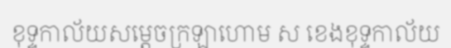
ខុទ្ទកាល័យសម្តេចក្រឡាហោម ស ខេងខុទ្ទកាល័យ